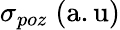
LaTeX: \sigma_{poz}\mathrm{\; (a.u)}